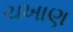
ચખાણ